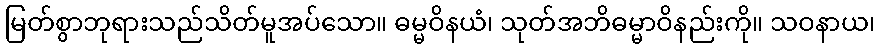
မြတ်စွာဘုရားသည်သိတ်မူအပ်သော။ ဓမ္မဝိနယံ၊ သုတ်အဘိဓမ္မာဝိနည်းကို။ သဝနာယ၊